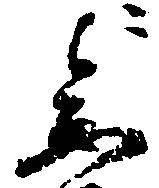
参